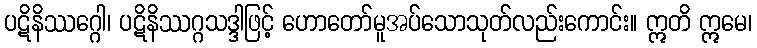
ပဋိနိဿဂ္ဂေါ၊ ပဋိနိဿဂ္ဂသဒ္ဒါဖြင့် ဟောတော်မူအပ်သောသုတ်လည်းကောင်း။ ဣတိ ဣမေ၊